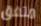
متفق